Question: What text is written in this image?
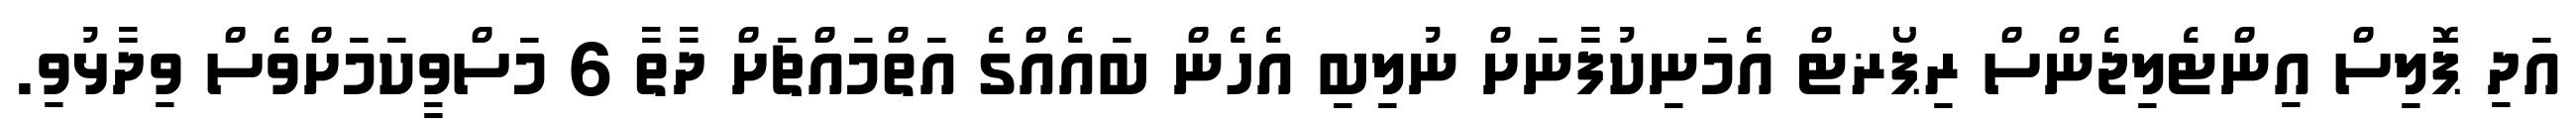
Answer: އަދި ޕޮލިސް އިންޓެލިޖެންސް ރިޕޯޜޓް އެމަނިކުފާނަށް ނުލިބި އެހެން ބައެއްގެ އަތްމައްޗަށް ދާތާ 6 މަސްވީކަމަށްވެސް ވިދާޅުވި.